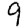
Digit: 9